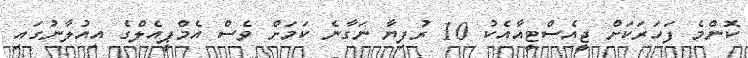
ކޮންމެ ފަހަރަކަށް ޖީއެސްޓީއާއެކު 10 ރުފިޔާ ނަގާނެ ކަމަށް ވެސް އެމްޕީއެލްގެ އިއުލާނުގައި